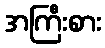
အကြီးစား